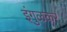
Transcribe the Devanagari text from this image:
इंगुळकर